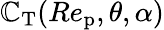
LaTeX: \mathbb{C}_{\textup{{T}}}(Re_{\textup{{p}}},\theta,\alpha)